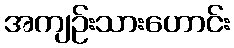
အကျဉ်းသားဟောင်း